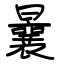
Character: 曩